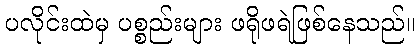
ပလိုင်းထဲမှ ပစ္စည်းများ ဖရိုဖရဲဖြစ်နေသည်။